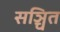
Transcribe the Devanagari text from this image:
सञ्चित